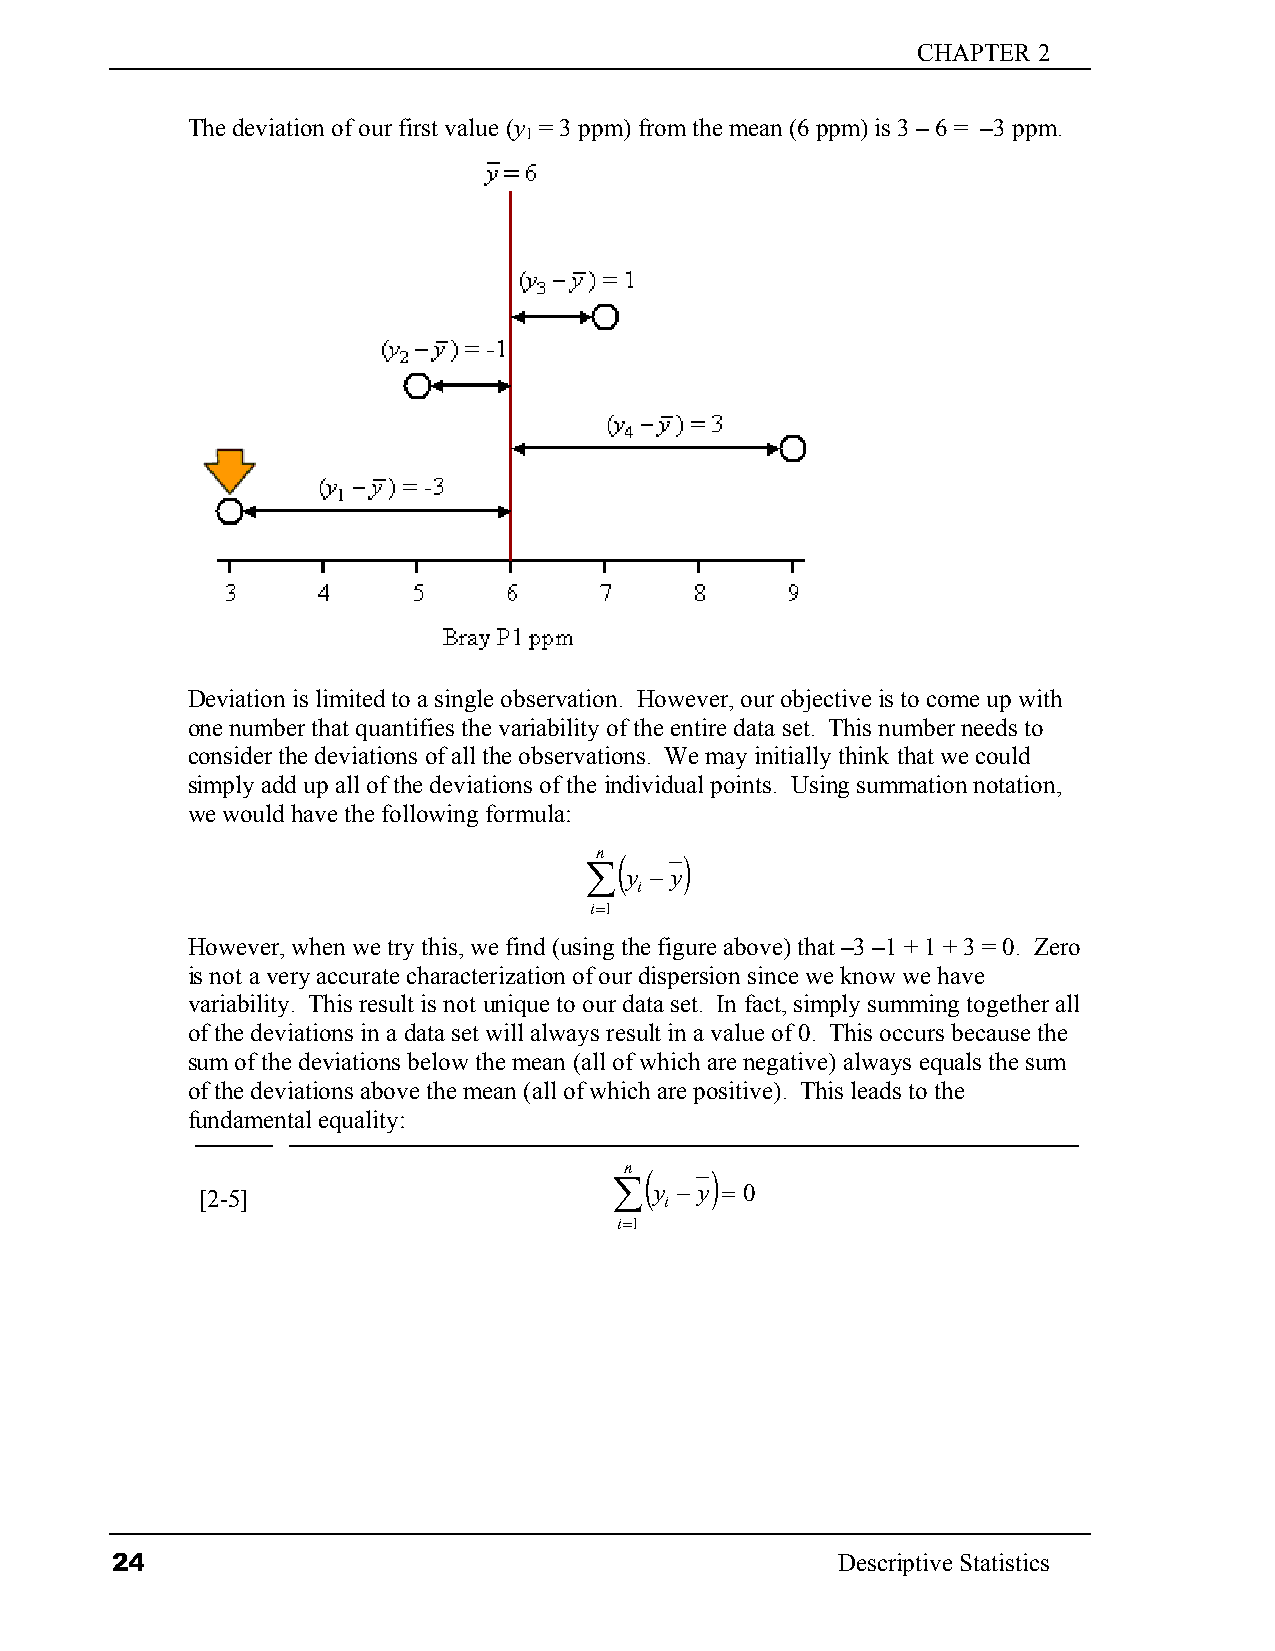
CHAPTER 2
 The deviation of our first value (y = 3 ppm) from the mean (6 ppm) is 3 – 6 = –3 ppm.
 1
 Deviation is limited to a single observation. However, our objective is to come up with
 one number that quantifies the variability of the entire data set. This number needs to
 consider the deviations of all the observations. We may initially think that we could
 simply add up all of the deviations of the individual points. Using summation notation,
 we would have the following formula:
 n (   )
 ∑ y − y
 i
 i=1
 However, when we try this, we find (using the figure above) that –3 –1 + 1 + 3 = 0. Zero
 is not a very accurate characterization of our dispersion since we know we have
 variability. This result is not unique to our data set. In fact, simply summing together all
 of the deviations in a data set will always result in a value of 0. This occurs because the
 sum of the deviations below the mean (all of which are negative) always equals the sum
 of the deviations above the mean (all of which are positive). This leads to the
 fundamental equality:
 n (   )
 [2-5]                       ∑ y − y = 0
 i
 i=1
 24                                              Descriptive Statistics